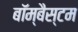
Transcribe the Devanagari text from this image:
बॉम्बैस्टम